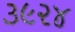
૩૯૨૪